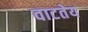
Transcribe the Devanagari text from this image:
वाटतेय